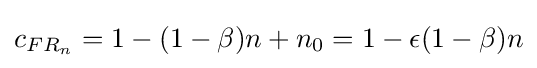
c_{FR_{n}}=1-(1-\beta )n+n_{0}=1-\epsilon (1-\beta )n